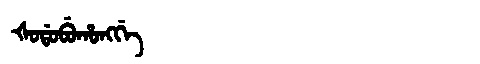
Manchu: ᡧᠣᡩᠣᠪᡠᡥᠣᠩᡤᡝ
Romanization: ŠODOBUHONGGE